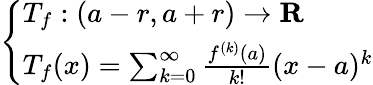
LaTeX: \left\{ \begin{array}{ll}{T_{f}:(a-r,a+r)\to\mathbf{R}}\\ {T_{f}(x)=\sum_{k=0}^{\infty}{\frac{f^{(k)}(a)}{k!}}(x-a)^{k}}\end{array}\right.